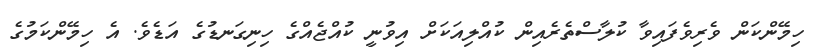
ހިމޭންކަން ވެރިވެފައިވާ ކުލާސްތެރެއިން ކުއްލިއަކަށް އިވުނީ ކުއްޖެއްގެ ހިނިގަނޑުގެ އަޑެވެ. އެ ހިމޭންކަމުގެ